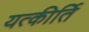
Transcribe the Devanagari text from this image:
यत्कीर्ति